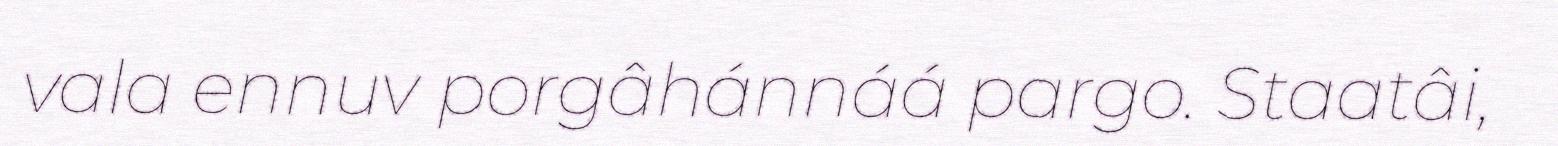
vala ennuv porgâhánnáá pargo. Staatâi,